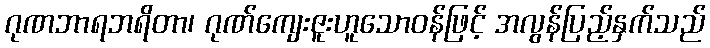
ဂုဏဘာရဘရိတာ၊ ဂုဏ်ကျေးဇူးဟူသောဝန်ဖြင့် အလွန်ပြည့်နှက်သည်